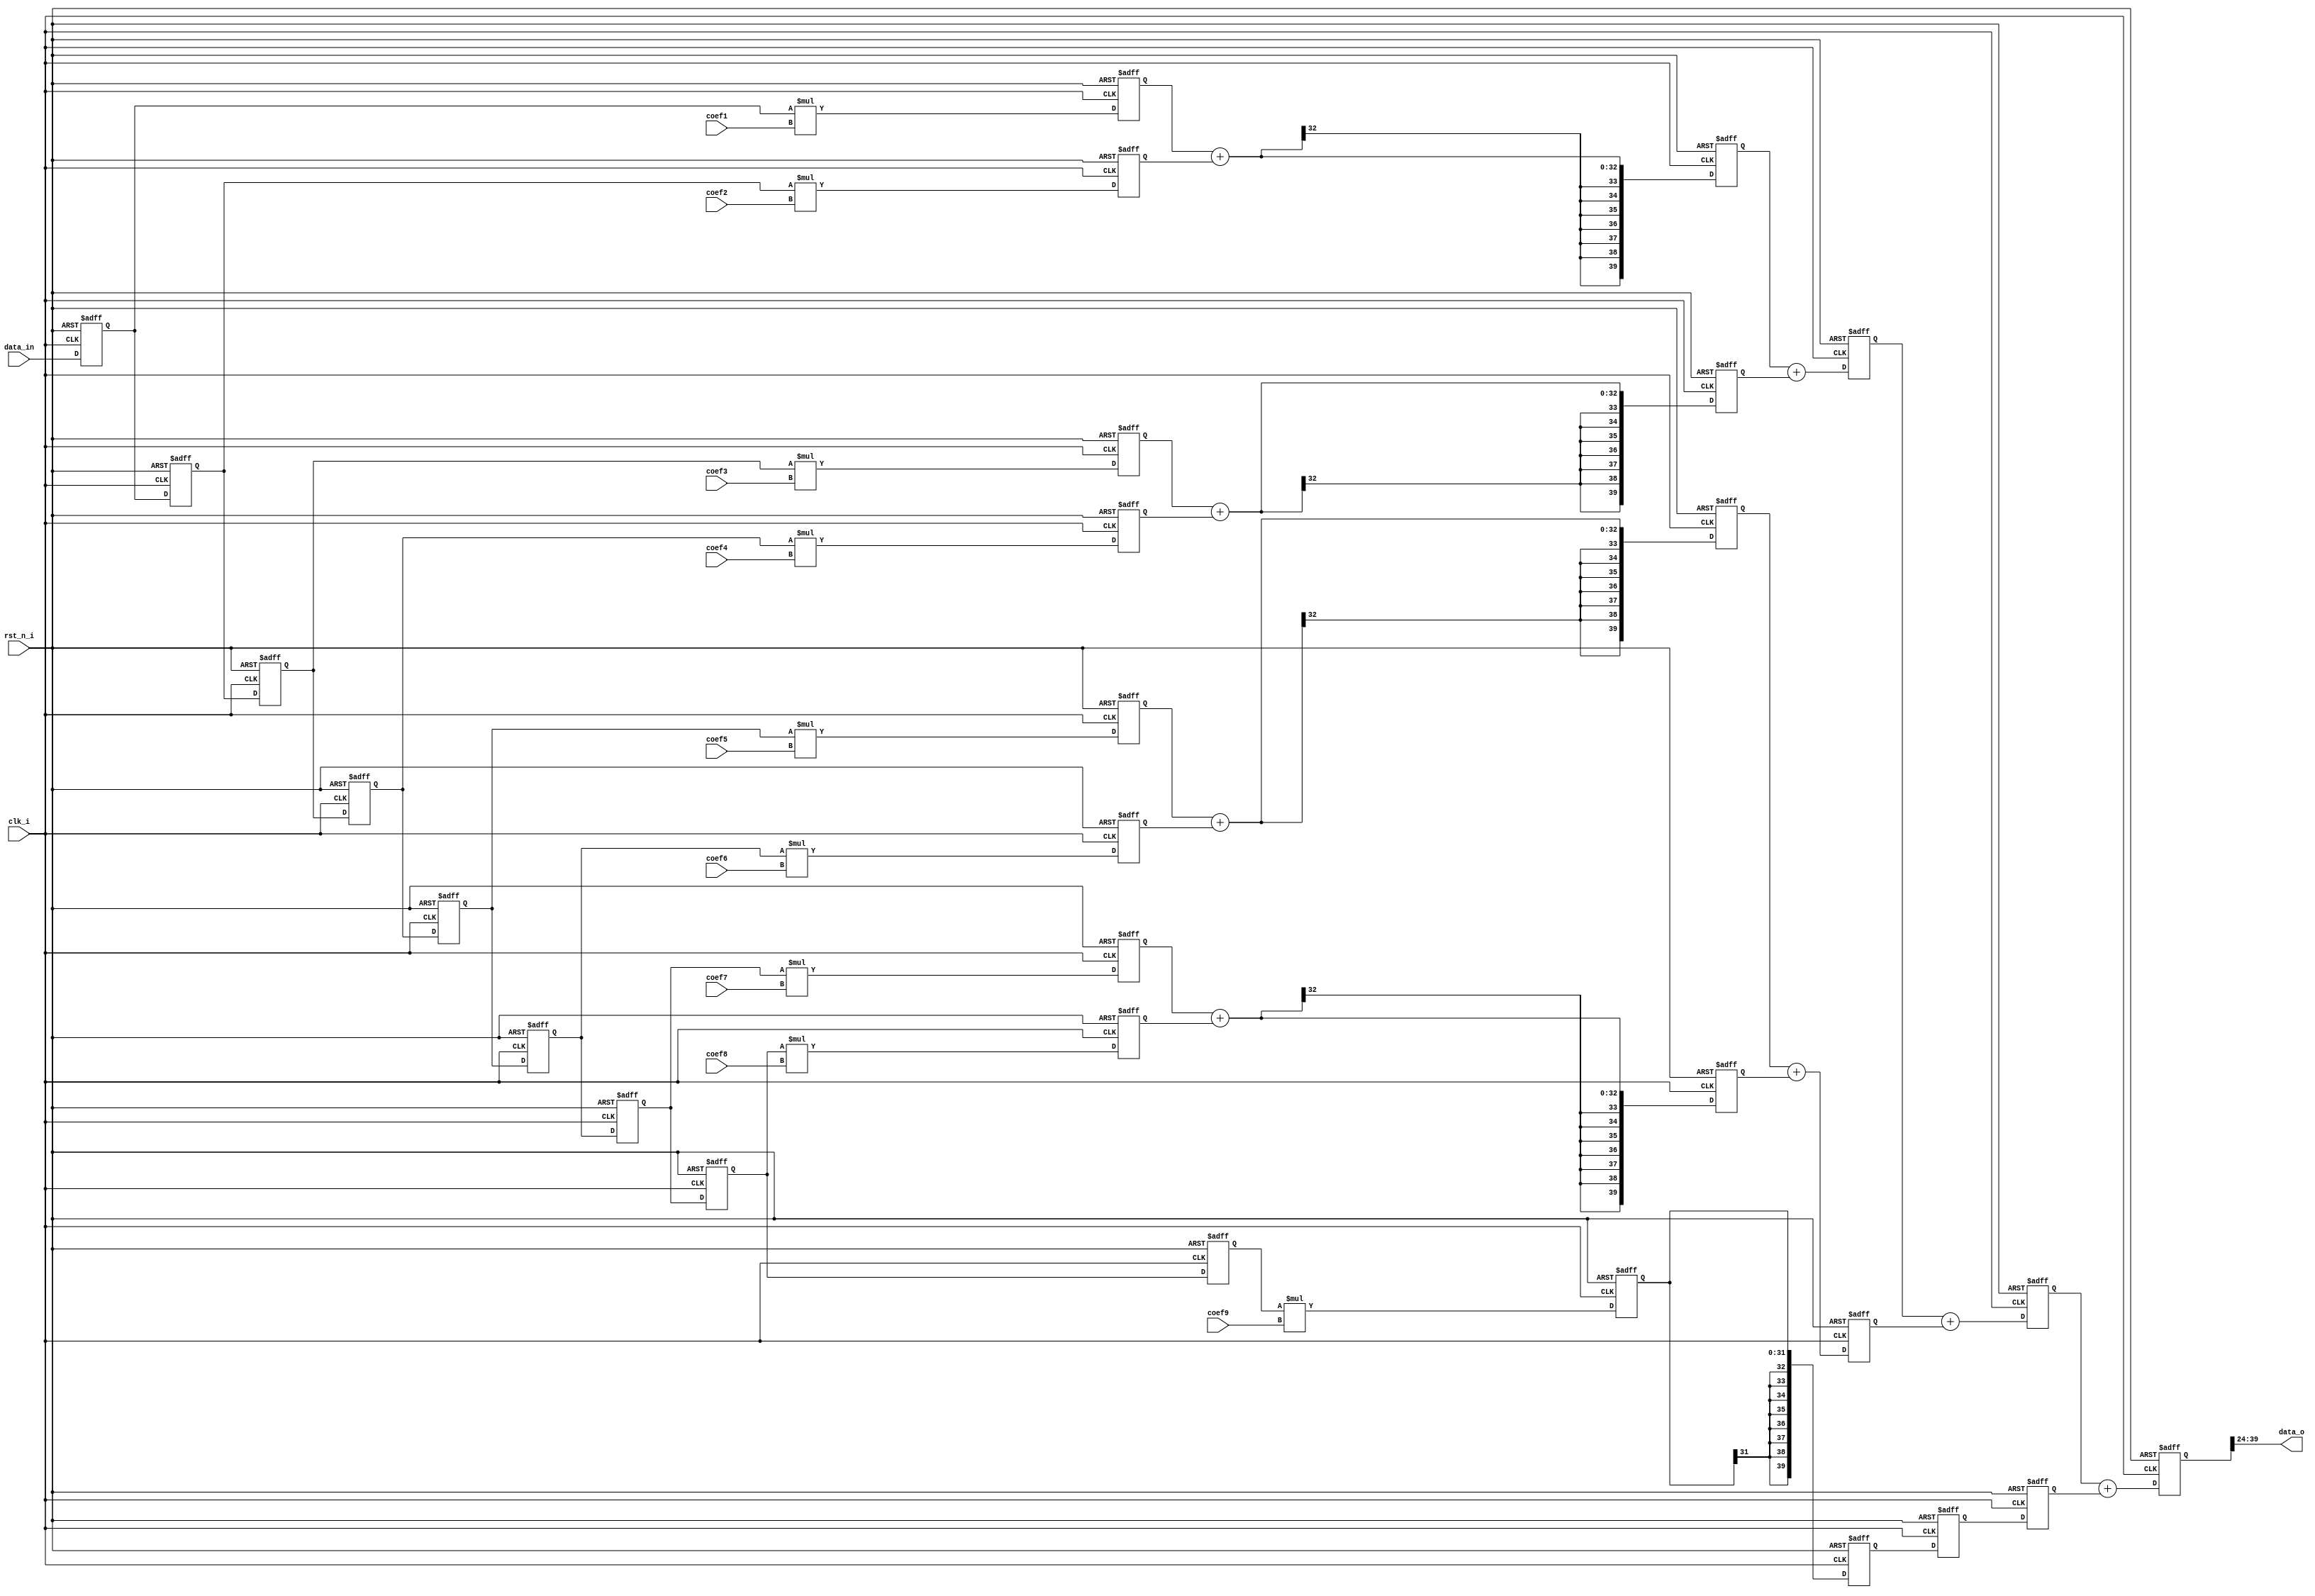
module fir(
    input                clk_i,
    input                rst_n_i,
    input  signed [15:0] data_in,                       //fir_i,

    input signed [15:0] coef1,      //
    input signed [15:0] coef2,
    input signed [15:0] coef3,
    input signed [15:0] coef4,
    input signed [15:0] coef5,
    input signed [15:0] coef6,
    input signed [15:0] coef7,
    input signed [15:0] coef8,
    input signed [15:0] coef9,

    output signed [15:0] data_o                   //fir_o        //
    );


//
reg signed [15:0] data_shift1;
reg signed [15:0] data_shift2;
reg signed [15:0] data_shift3;
reg signed [15:0] data_shift4;
reg signed [15:0] data_shift5;
reg signed [15:0] data_shift6;
reg signed [15:0] data_shift7;
reg signed [15:0] data_shift8;
reg signed [15:0] data_shift9;

always @(posedge clk_i or negedge rst_n_i) begin
    if(!rst_n_i)begin
        data_shift1 <= 16'd0;
        data_shift2 <= 16'd0;
        data_shift3 <= 16'd0;
        data_shift4 <= 16'd0;
        data_shift5 <= 16'd0;
        data_shift6 <= 16'd0;
        data_shift7 <= 16'd0;
        data_shift8 <= 16'd0;
        data_shift9 <= 16'd0;
    end
    else begin
        data_shift9 <= data_shift8;
        data_shift8 <= data_shift7;
        data_shift7 <= data_shift6;
        data_shift6 <= data_shift5;
        data_shift5 <= data_shift4;
        data_shift4 <= data_shift3;
        data_shift3 <= data_shift2;
        data_shift2 <= data_shift1;
        data_shift1 <= data_in    ;
    end
end


//

//fir
//parameter signed COEF1 = 16'h2FB1;           //14'h304F;
//parameter signed COEF2 = 16'h2E51;           //14'h31AF;
//parameter signed COEF3 = 16'h19DC;           //14'h19DC;
//parameter signed COEF4 = 16'h4926;           //14'h4926;
//parameter signed COEF5 = 16'h6927;           //14'h6927;
//parameter signed COEF6 = 16'h4926;           //14'h4926;
//parameter signed COEF7 = 16'h19DC;           //14'h19DC;
//parameter signed COEF8 = 16'h2E51;           //14'h31AF;
//parameter signed COEF9 = 16'h2FB1;           //14'h304F;



reg signed [31:0] multi_data1;
reg signed [31:0] multi_data2;
reg signed [31:0] multi_data3;
reg signed [31:0] multi_data4;
reg signed [31:0] multi_data5;
reg signed [31:0] multi_data6;
reg signed [31:0] multi_data7;
reg signed [31:0] multi_data8;
reg signed [31:0] multi_data9;

always @(posedge clk_i or negedge rst_n_i) begin
    if(!rst_n_i)begin
        multi_data1 <= 32'd0;
        multi_data2 <= 32'd0;
        multi_data3 <= 32'd0;
        multi_data4 <= 32'd0;
        multi_data5 <= 32'd0;
        multi_data6 <= 32'd0;
        multi_data7 <= 32'd0;
        multi_data8 <= 32'd0;
        multi_data9 <= 32'd0;
    end
    else begin
        multi_data1 <= data_shift1 * coef1 ;
        multi_data2 <= data_shift2 * coef2 ;
        multi_data3 <= data_shift3 * coef3 ;
        multi_data4 <= data_shift4 * coef4 ;
        multi_data5 <= data_shift5 * coef5 ;
        multi_data6 <= data_shift6 * coef6 ;
        multi_data7 <= data_shift7 * coef7 ;
        multi_data8 <= data_shift8 * coef8 ;
        multi_data9 <= data_shift9 * coef9 ;
    end
end



//
reg signed [40:0] adder_data_one_1;
reg signed [40:0] adder_data_one_2;
reg signed [40:0] adder_data_one_3;
reg signed [40:0] adder_data_one_4;
reg signed [40:0] adder_data_one_5;

reg signed [40:0] adder_data_two_1;
reg signed [40:0] adder_data_two_2;
reg signed [40:0] adder_data_two_3;

reg signed [40:0] adder_data_three_1;
reg signed [40:0] adder_data_three_2;

reg signed [40:0] adder_data_four;


always @(posedge clk_i or negedge rst_n_i) begin
    if(!rst_n_i)begin
        adder_data_one_1   <= 40'd0;
        adder_data_one_2   <= 40'd0;
        adder_data_one_3   <= 40'd0;
        adder_data_one_4   <= 40'd0;
        adder_data_one_5   <= 40'd0;

        adder_data_two_1   <= 40'd0;
        adder_data_two_2   <= 40'd0;
        adder_data_two_3   <= 40'd0;

        adder_data_three_1 <= 40'd0;
        adder_data_three_2 <= 40'd0;

        adder_data_four    <= 40'd0;
    end
    else begin
        adder_data_one_1   <= multi_data1 + multi_data2;
        adder_data_one_2   <= multi_data3 + multi_data4;
        adder_data_one_3   <= multi_data5 + multi_data6;
        adder_data_one_4   <= multi_data7 + multi_data8;
        adder_data_one_5   <= multi_data9;

        adder_data_two_1   <= adder_data_one_1 + adder_data_one_2;
        adder_data_two_2   <= adder_data_one_3 + adder_data_one_4;
        adder_data_two_3   <= adder_data_one_5;

        adder_data_three_1 <= adder_data_two_1 + adder_data_two_2;
        adder_data_three_2 <= adder_data_two_3;

        adder_data_four    <= adder_data_three_1 + adder_data_three_2;
    end
end


assign data_o = adder_data_four>>24;
//assign fir_o = adder_data_four>>n;

endmodule